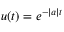
u ( t ) = e ^ { - | a | t }